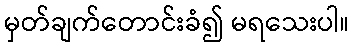
မှတ်ချက်တောင်းခံ၍ မရသေးပါ။